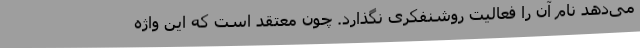
می‌دهد نام آن‌ را فعالیت روشنفکری نگذارد. چون معتقد است که این واژه